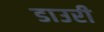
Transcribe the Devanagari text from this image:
डाउरी